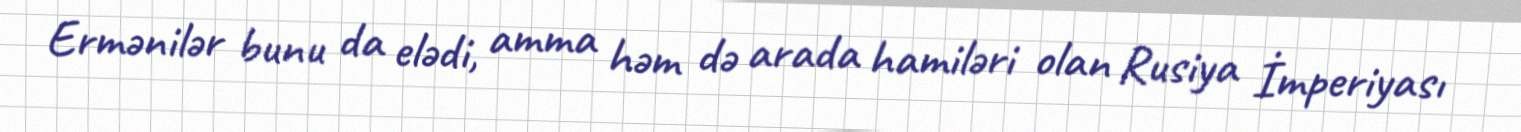
Ermənilər bunu da elədi, amma həm də arada hamiləri olan Rusiya İmperiyası